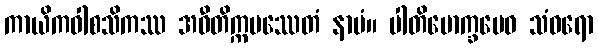
ကာယိကဝါစသိကဿ အဝီတိက္ကမဿေတံ နာမံ။ ပါတိမောက္ခမေဝ သံဝရော